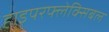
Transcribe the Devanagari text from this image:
हाइपरफ्लेक्सिबल